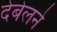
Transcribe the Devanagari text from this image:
देबेलने